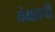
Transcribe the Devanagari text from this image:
यंग्रहाची